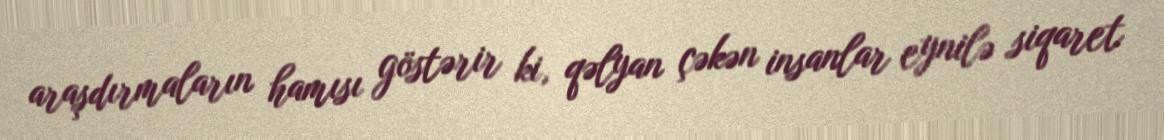
araşdırmaların hamısı göstərir ki, qəlyan çəkən insanlar eynilə siqaret